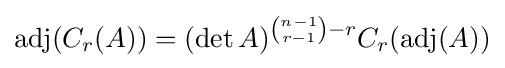
\operatorname {adj} (C_{r}(A))=(\det A)^{{\binom {n-1}{r-1}}-r}C_{r}(\operatorname {adj} (A))